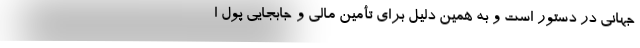
جهانی در دستور است و به همین دلیل برای تأمین مالی و جابجایی پول ا